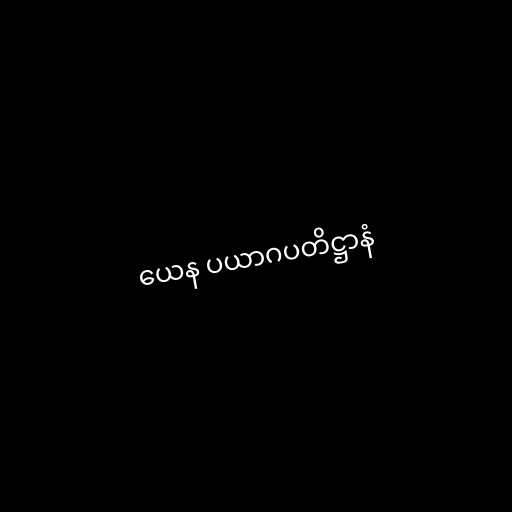
ယေန ပယာဂပတိဋ္ဌာနံ